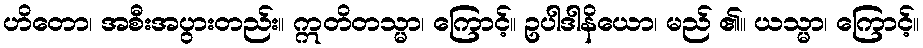
ဟိတော၊ အစီးအပွားတည်း။ ဣတိတသ္မာ၊ ကြောင့်။ ဥပါဒါနိယော၊ မည် ၏။ ယသ္မာ၊ ကြောင့်။